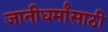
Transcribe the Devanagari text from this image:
जातीधर्मांसाठी